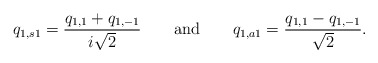
\begin{align*}q_{1,s1}=\frac{q_{1,1}+q_{1,-1}}{i \sqrt{2}} \hspace{2em}\mbox{and}\hspace{2em} q_{1,a1}=\frac{q_{1,1}-q_{1,-1}}{\sqrt{2}}.\end{align*}